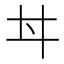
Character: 𠂀